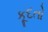
કૂદતો